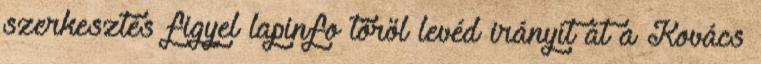
szerkesztés figyel lapinfo töröl levéd irányít át a Kovács